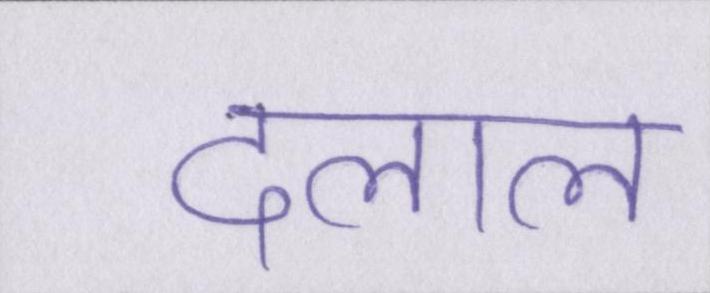
दलाल